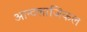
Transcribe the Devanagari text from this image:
आन्टलाजिकल